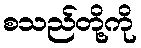
စသည်တို့ကို